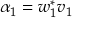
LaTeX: \alpha _ { 1 } = w _ { 1 } ^ { * } v _ { 1 }